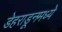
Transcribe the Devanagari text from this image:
डेहराडूनमध्ये